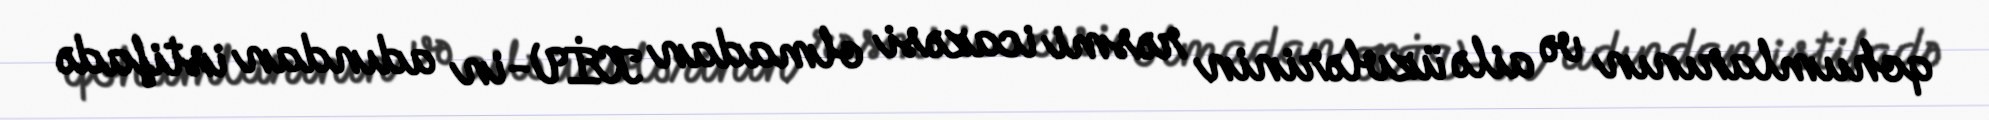
qohumlarının və ailə üzvlərinin rəsmi icazəsi olmadan KİV-in adından istifadə